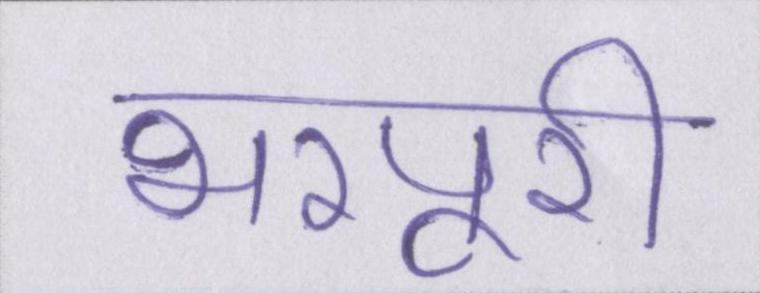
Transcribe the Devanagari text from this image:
भरपूरी